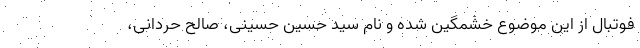
فوتبال از این موضوع خشمگین شده و نام سید حسین حسینی، صالح حردانی،